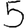
Digit: 5